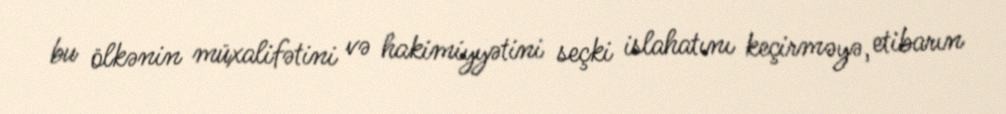
bu ölkənin müxalifətini və hakimiyyətini seçki islahatını keçirməyə, etibarın